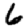
Digit: 6